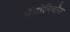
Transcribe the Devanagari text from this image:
अँतोनियोस